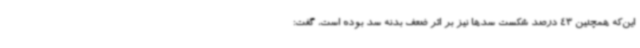
این‌که همچنین 43 درصد شکست سدها نیز بر اثر ضعف بدنه سد بوده است، گفت: